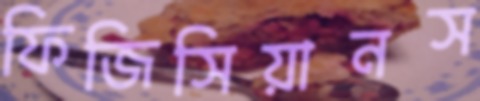
ফিজিসিয়ানস